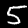
Digit: 5